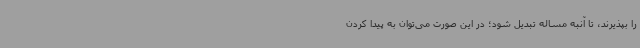
را بپذیرند، تا آنبه مساله تبدیل شود؛ در این صورت می‌توان به پیدا کردن